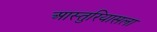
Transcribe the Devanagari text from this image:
आस्तुरियासला